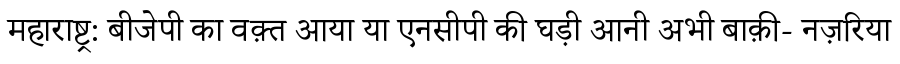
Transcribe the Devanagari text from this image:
महाराष्ट्र: बीजेपी का वक़्त आया या एनसीपी की घड़ी आनी अभी बाक़ी- नज़रिया